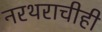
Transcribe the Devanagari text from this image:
नरथराचीही